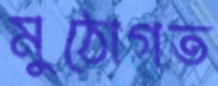
মুঠোগত